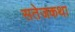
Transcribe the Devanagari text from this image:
सतेजकथा